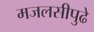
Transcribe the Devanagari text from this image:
मजलसीपुढे